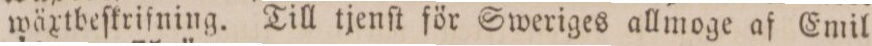
wäxtbeſkrifning. Till tjenſt för Sweriges allmoge af Emil